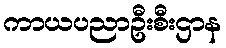
ကာယပညာဦးစီးဌာန